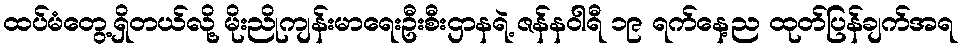
ထပ်မံတွေ့ရှိတယ်လို့ မိုးညိုကျန်းမာရေးဦးစီးဌာနရဲ့ ဇန်နဝါရီ ၁၉ ရက်နေ့ည ထုတ်ပြန်ချက်အရ